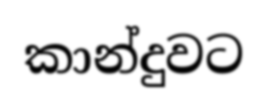
කාන්දුවට